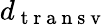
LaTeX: d_{\mathrm{~t~r~a~n~s~v~}}